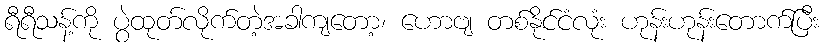
ရီရီသန့်ကို ပွဲထုတ်လိုက်တဲ့အခါကျတော့၊ ဟောဗျ တစ်နိုင်ငံလုံး ဟုန်းဟုန်းတောက်ပြီး